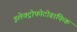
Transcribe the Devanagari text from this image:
इलेक्ट्रोफोटोग्राफिक